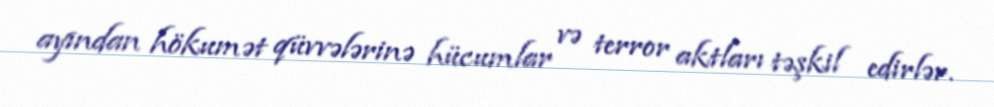
ayından hökumət qüvvələrinə hücumlar və terror aktları təşkil edirlər.